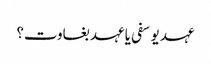
عہد یوسفی یا عہد بغاوت؟